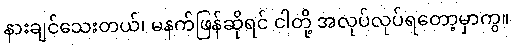
နားချင်သေးတယ်၊ မနက်ဖြန်ဆိုရင် ငါတို့ အလုပ်လုပ်ရတော့မှာကွ။